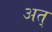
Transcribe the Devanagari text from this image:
अत्‌